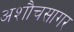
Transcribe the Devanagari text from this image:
अशौचसागर